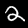
Label: 2